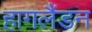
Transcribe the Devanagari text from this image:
हागलैंडन